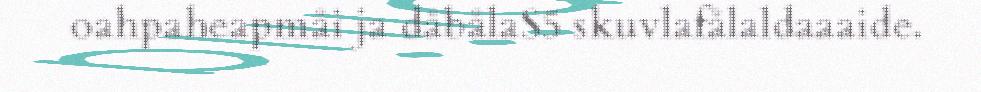
oahpaheapmåi ja dåbålaS5 skuvlafålaldaaaide.